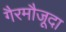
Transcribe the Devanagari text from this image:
गैरमौजूदा